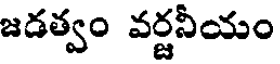
జడత్వం వర్జనీయం